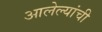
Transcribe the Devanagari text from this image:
आलेल्यांची